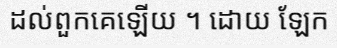
ដល់ពួកគេឡើយ ។ ដោយ ឡែក